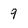
Character: 9